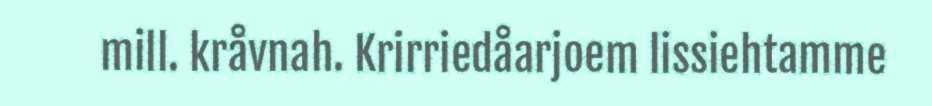
mill. kråvnah. Krirriedåarjoem lissiehtamme